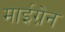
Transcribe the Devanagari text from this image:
माईग्रेन